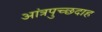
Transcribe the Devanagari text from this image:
आंत्रपुच्छदाह